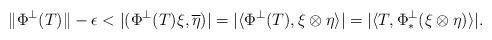
LaTeX: \begin{align*} \|\Phi^\perp(T)\|-\epsilon<|(\Phi^\perp(T)\xi,\overline{\eta})| =|\langle\Phi^\perp(T),\xi\otimes\eta\rangle|=|\langle T, \Phi^\perp_* (\xi\otimes\eta)\rangle|. \end{align*}